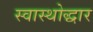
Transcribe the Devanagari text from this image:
स्वास्थोद्धार